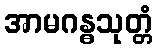
အာမဂန္ဓသုတ္တံ